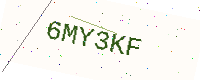
Text: 6MY3KF